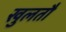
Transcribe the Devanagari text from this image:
खुलतौ